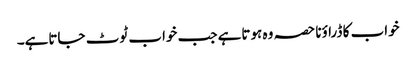
خواب کا ڈراؤنا حصہ وہ ہوتاہے جب خواب ٹوٹ جاتاہے۔